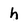
Character: h